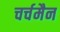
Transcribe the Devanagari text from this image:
चर्चमैन